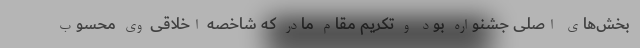
بخش‌های اصلی جشنواره بود و تکریم مقام مادر که شاخصه اخلاقی وی محسوب